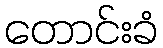
တောင်းခံ